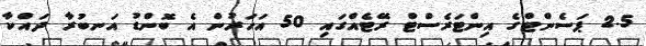
2.5 ޕަސެންޓްގެ އިންޓަރެސްޓް ރޭޓެއްގައި 50 އަހަރުން އެ ބޮންޑު އަނބުރާ ދައްކާ